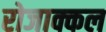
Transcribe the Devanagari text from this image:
रोजाक्कल